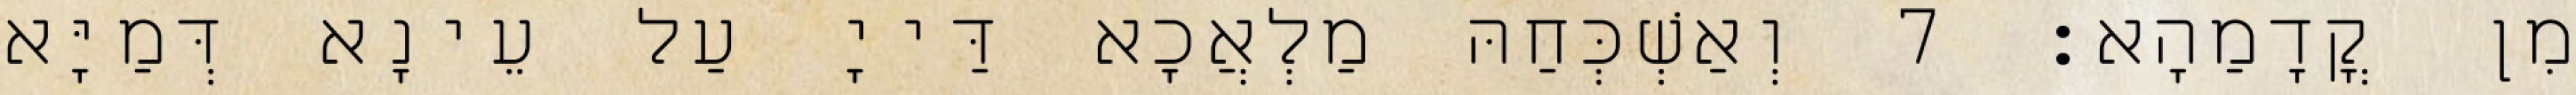
מִן קֳדָמַהָא׃ 7 וְאַשְׁכְּחַהּ מַלְאֲכָא דַּייָ עַל עֵינָא דְּמַיָּא